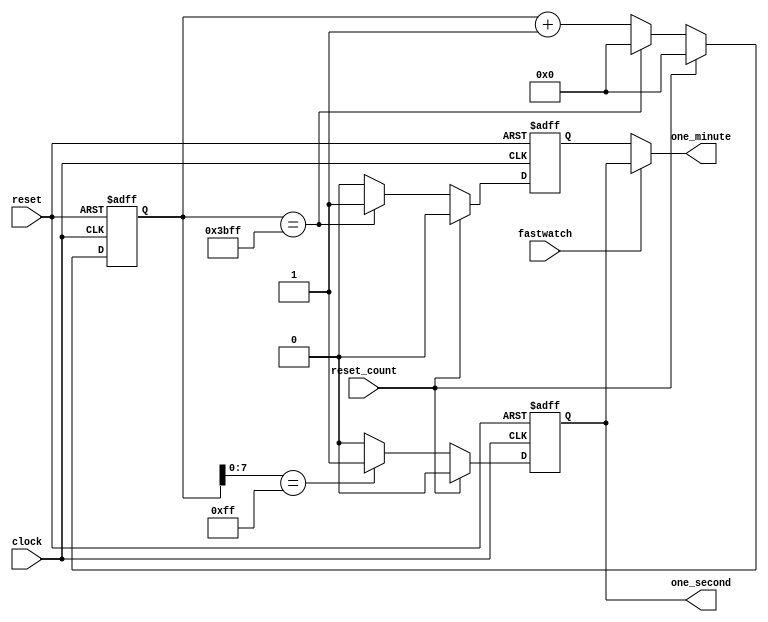
/********************************************************************************************


Filename:	timegen.v   

Description:	Timegen will generate one_minute and one_second pulses 
                based on 256Hz clock frequency. 
                When stop watch mode will be one, both the pulses, i.e.
                one minute and one second will be same.

Date:		25/07/2019

Author:		Vishal Narkhede

Email:		vsnarkhede13@gmail.com

*********************************************************************************************/
module timegen(clock,
               reset,
               reset_count,
               fastwatch,
               one_second,
               one_minute
               );
 // Define input and output port directions        
  input clock,
        reset,
        reset_count, //Resets the timegen whenever a new current time is set
        fastwatch;  

  output one_second,
         one_minute;
  // Define internal registers required
  reg [13:0] count;
  reg one_second;
  reg one_minute_reg;
  reg one_minute;
 

//One minute pulse generation
always@(posedge clock or posedge reset)
begin
   // Upon reset, set the one_minute_reg value to zero
   if (reset)
   begin
     count<=14'b0;
     one_minute_reg<=0;
   end
   // Else check if there is a reset from alarm controller and reset the one_minute_reg and count value
   else if (reset_count)
   begin
     count<=14'b0;
     one_minute_reg<=1'b0;
   end
   // Else check if the count value reaches 'd15359 to generate 1 minute pulse
   else if (count[13:0]== 14'd15359)
   begin
     count<=14'b0;
     one_minute_reg<=1'b1;      
   end
   // Else for every posedge of clock just increment the count. 
   else   
   begin
     count<=count+1'b1;
     one_minute_reg<=1'b0;
   end
end
                             
//One second pulse generation
always@(posedge clock or posedge reset)
begin
   // If reset is asserted, set one_second and counter_sec value to zero
   if (reset)
   begin
     one_second<=1'b0;
   end
   // Else check if there is reset from alarm_controller, and reset the one_second and counter_sec value    
   else if (reset_count)
   begin
     one_second<=1'b0;
   end
   // Else check if the count value reaches the 'd255 to generate and count 1 sec pulse        
   else if (count[7:0]==8'd255)
   begin
     one_second<=1'b1;
   end
   // Else set the one_second and counter_sec value to zero
   else     
   begin
     one_second<=1'b0;
   end
end

//Fastwatch Mode Logic that makes the counting faster

always@(*)
   begin
    // If fastwatch is asserted, make one_second equivalent to one_minute
    if(fastwatch)
      one_minute =one_second;
    // Else assert one_minute signal when one_minute_reg is asserted
    else
      one_minute =one_minute_reg; 
   end

endmodule